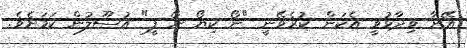
އޭނާ ވިދާޅުވީ އެކަން ކުރެވޭނީ "ނޯ ކިޔޯ ނޯ ފީ" އުސޫލުން ކަމަށެވެ.